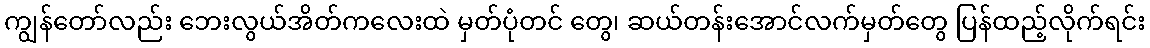
ကျွန်တော်လည်း ဘေးလွယ်အိတ်ကလေးထဲ မှတ်ပုံတင် တွေ၊ ဆယ်တန်းအောင်လက်မှတ်တွေ ပြန်ထည့်လိုက်ရင်း